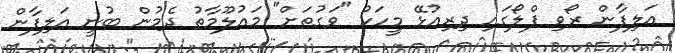
އަލިފާން ރޯވި ފްލޯގައި ދިރިއުޅޭ މީހަކު "ވަގުތަށް" މައުލޫމާތު ދެމުން ބުނީ އަލިފާން